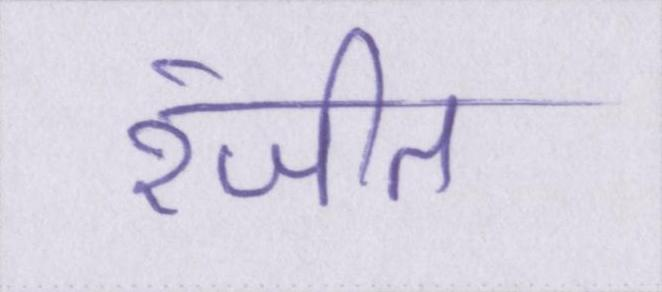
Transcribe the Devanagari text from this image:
रंजीत